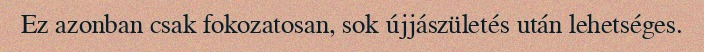
Ez azonban csak fokozatosan, sok újjászületés után lehetséges.